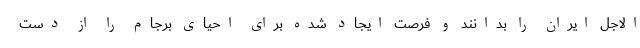
الاجل ایران را بدانند و فرصت ایجاد شده برای احیای برجام را از دست